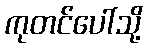
ကုတင်ပေါ်သို့